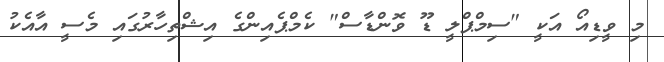
މި ވީޑިއޯ އަކީ "ސިމްޕްލީ ޑޫ ވޮންޑާސް" ކެމްޕެއިންގެ އިޝްތިހާރުގައި މެސީ އާއެކު